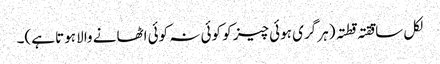
لکل ساققتہ قطتہ (ہر گری ہوئی چیز کو کوئی نہ کوئی اٹھانے والا ہوتا ہے)۔